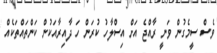
ވެސް ސީމެގުން ވަނީ ރާއްޖެ އަށް އިސްލާހު ކުރަން ހަ ދާއިރާއަކުން ކަންތައްތަކެއް